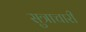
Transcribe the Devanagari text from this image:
सुत्राचारी